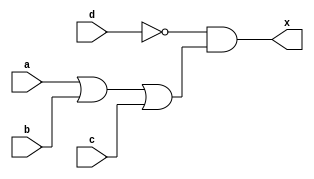
module aoi_dfm(x, a, b, c, d);
  input a, b, c, d;
  output x;
  assign s = ~d;
  assign x = s&(a|b|c);
endmodule